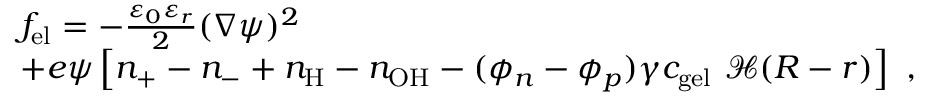
\begin{array} { r l } & { f _ { \mathrm { e l } } = - \frac { \varepsilon _ { 0 } \varepsilon _ { r } } { 2 } ( \nabla \psi ) ^ { 2 } } \\ & { + e \psi \left[ n _ { + } - n _ { - } + n _ { \mathrm { H } } - n _ { \mathrm { O H } } - ( \phi _ { n } - \phi _ { p } ) \gamma c _ { \mathrm { g e l } } ~ { \mathcal H } ( R - r ) \right] \ , } \end{array}